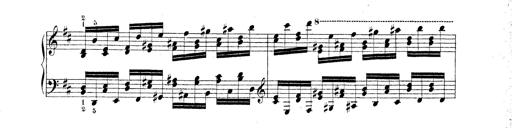
Title: Technische Studien
Composer: Franz Liszt